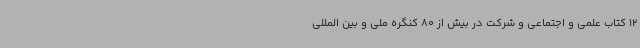
12 کتاب علمی و اجتماعی و شرکت در بیش از 80 کنگره ملی و بین المللی